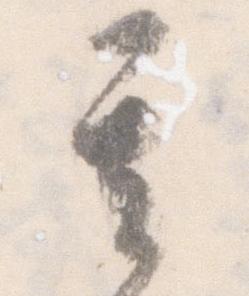
其